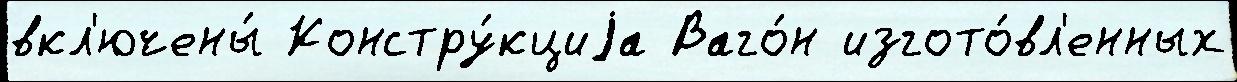
вкл'ючены́ Констру́кциjа Ваго́н изгото́вл'енных